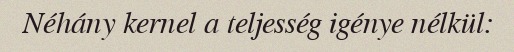
Néhány kernel a teljesség igénye nélkül: